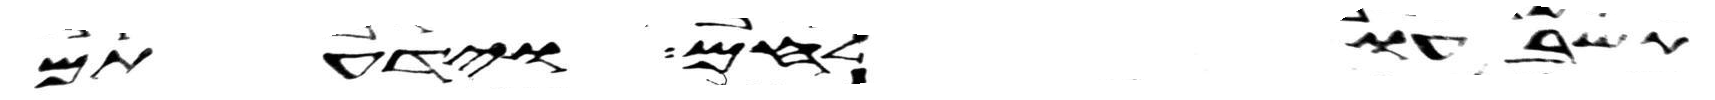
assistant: תשבעו לחם וידעתם